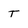
Character: t